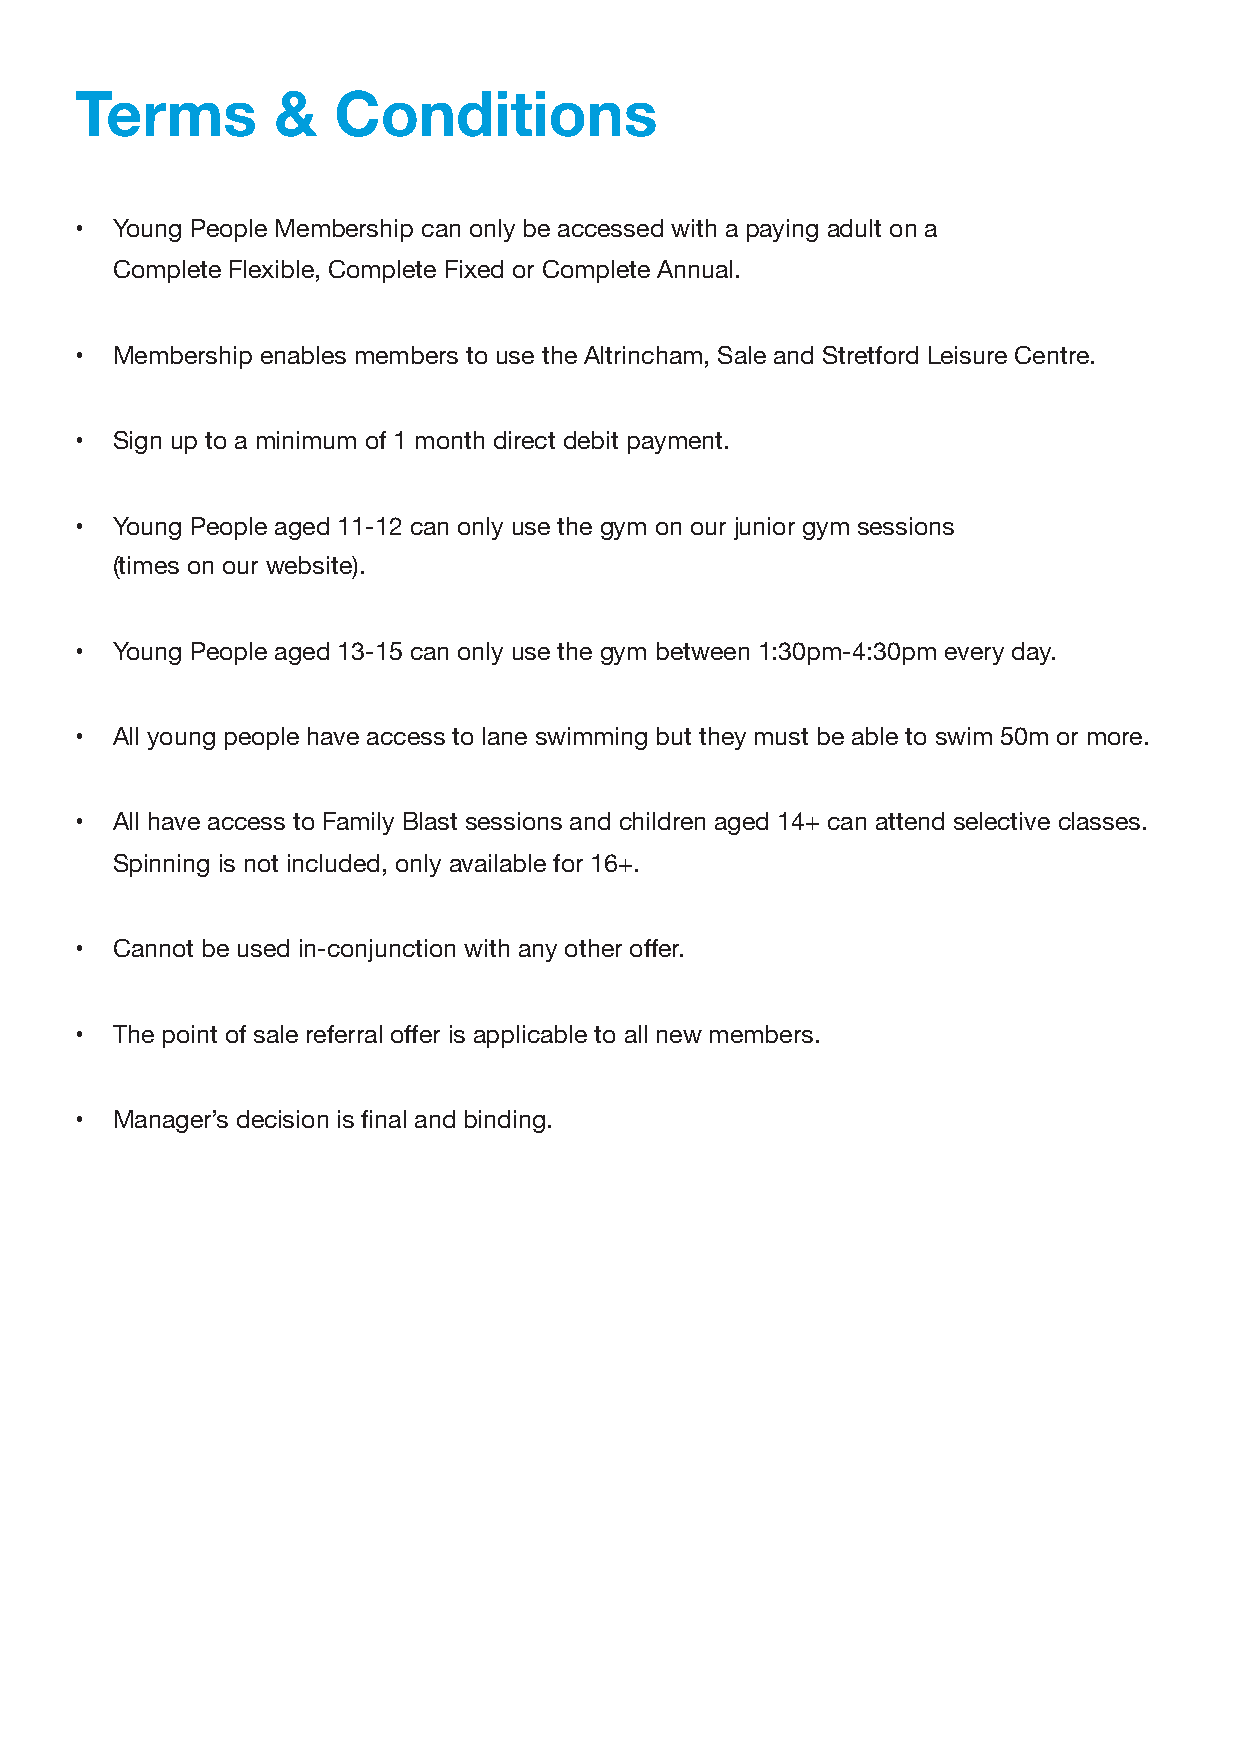
Terms        &   Conditions
 • Young People Membership can only be accessed with a paying adult on a
 Complete Flexible, Complete Fixed or Complete Annual.
 • Membership enables members to use the Altrincham, Sale and Stretford Leisure Centre.
 • Sign up to a minimum of 1 month direct debit payment.
 • Young People aged 11-12 can only use the gym on our junior gym sessions
 (times on our website).
 • Young People aged 13-15 can only use the gym between 1:30pm-4:30pm every day.
 • All young people have access to lane swimming but they must be able to swim 50m or more.
 • All have access to Family Blast sessions and children aged 14+ can attend selective classes.
 Spinning is not included, only available for 16+.
 • Cannot be used in-conjunction with any other offer.
 • The point of sale referral offer is applicable to all new members.
 • Manager’s decision is final and binding.